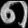
Digit: ၈